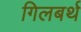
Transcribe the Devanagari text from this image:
गिलबर्थ